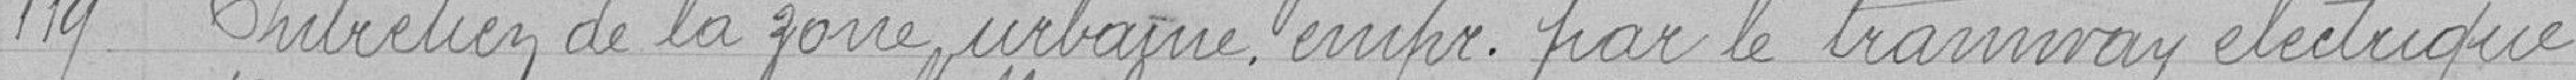
119 Entretien de la zone urbaine, empr. par le tramway électrique